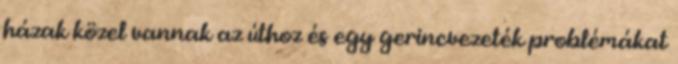
házak közel vannak az úthoz és egy gerincvezeték problémákat